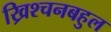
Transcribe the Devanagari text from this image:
ख्रिश्चनबहुल